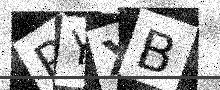
Text: PYXB